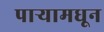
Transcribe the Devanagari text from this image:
पाऱ्यामधून